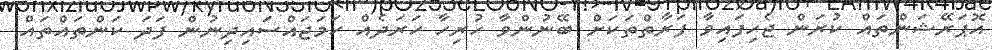
އޮޕަރޭޝަންތައް ކުރަން ޖެހިފައިވާ ފަރާތްތަކަށް ބޭނުންވާ ހުރިހާ ހަރަދެއް ހަމަޖައްސައިދިނުން ފަދަ ކަންތައްތައް